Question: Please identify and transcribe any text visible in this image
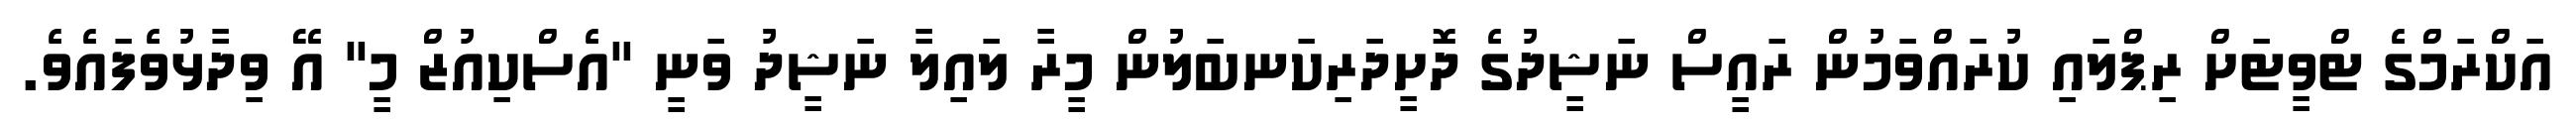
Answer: އަކްރަމްގެ ޓްވީޓަށް ރިޕްލައި ކުރައްވަމުން ރައީސް ނަޝީދުގެ ދޮށީދަރިކަނބަލުން މީރާ ލައިލާ ނަޝީދު ވަނީ "އެސްކިއުޒް މީ" އޭ ވިދާޅުވެފައެވެ.